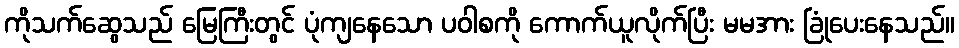
ကိုသက်ဆွေသည် မြေကြီးတွင် ပုံကျနေသော ပဝါစကို ကောက်ယူလိုက်ပြီး မမအား ခြုံပေးနေသည်။